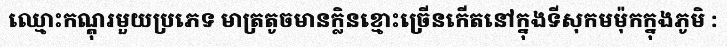
ឈ្មោះកណ្តុរមួយប្រភេទ មាត្រតូចមានក្លិនខ្មោះច្រើនកើតនៅក្នុងទីសុកមម៉ុកក្នុងភូមិ :